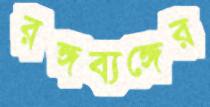
রঙ্গব্যঙ্গের